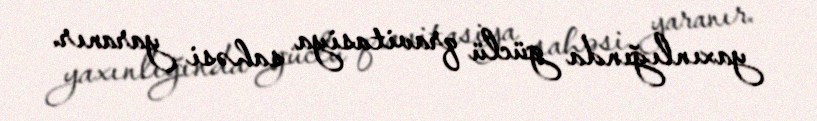
yaxınlığında güclü qravitasiya sahəsi yaranır.